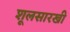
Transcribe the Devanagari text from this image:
शूलसारखी